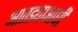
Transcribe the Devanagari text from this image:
आतड्याआधी